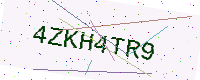
Text: 4ZKH4TR9